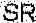
SR